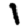
Digit: 1